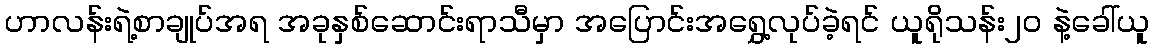
ဟာလန်းရဲ့စာချုပ်အရ အခုနှစ်ဆောင်းရာသီမှာ အပြောင်းအရွှေ့လုပ်ခဲ့ရင် ယူရိုသန်း၂၀ နဲ့ခေါ်ယူ